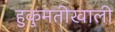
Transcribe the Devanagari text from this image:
हुकुमतीखाली